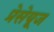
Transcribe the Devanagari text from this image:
प्रेसेयूज